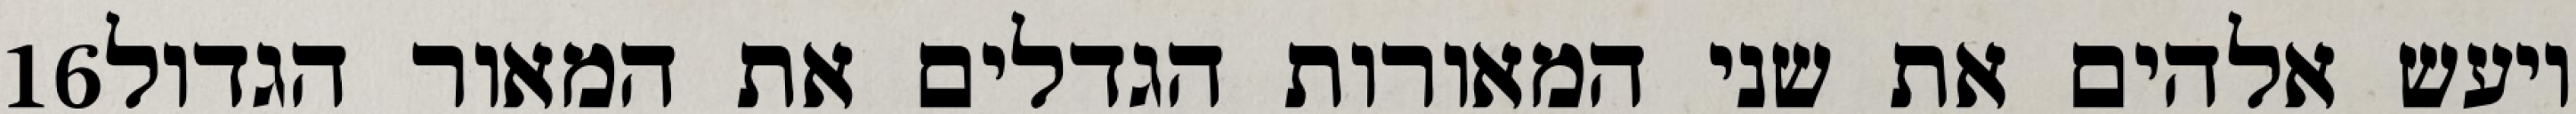
‎16‏ ויעש אלהים את שני המאורות הגדלים את המאור הגדול